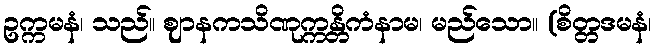
ဥက္ကမနံ၊ သည်။ ဈာနကသိဏုက္ကန္တိကံနာမ၊ မည်သော။ (စိတ္တဒမနံ၊